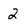
Character: 2